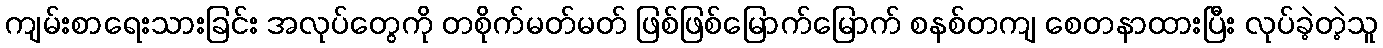
ကျမ်းစာရေးသားခြင်း အလုပ်တွေကို တစိုက်မတ်မတ် ဖြစ်ဖြစ်မြောက်မြောက် စနစ်တကျ စေတနာထားပြီး လုပ်ခဲ့တဲ့သူ